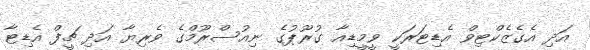
އަދި އެގެޒެކްޓިވް އެޑިޓަރަކީ ވީމީޑިއާ ގުރޫޕުގެ ނިއުސްރޫމްގެ ވެރިޔާ އަދި ޗީފް އެޑިޓާ